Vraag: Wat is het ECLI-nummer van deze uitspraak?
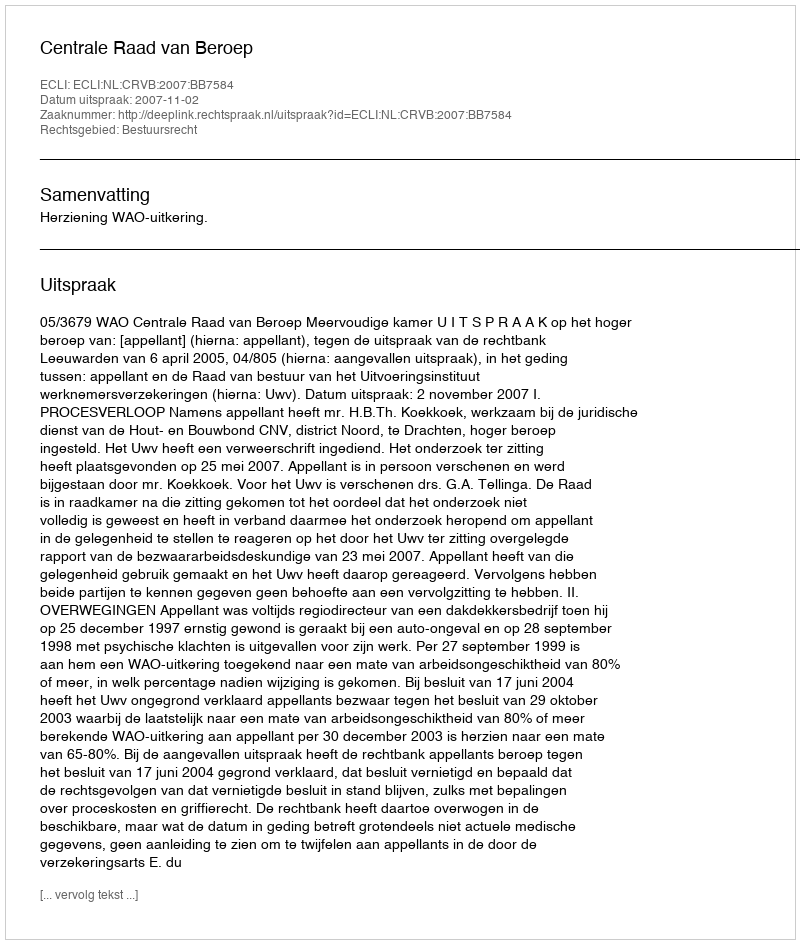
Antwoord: ECLI:NL:CRVB:2007:BB7584